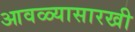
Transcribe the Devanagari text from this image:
आवळ्यासारखी